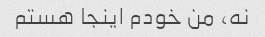
نه، من خودم اینجا هستم